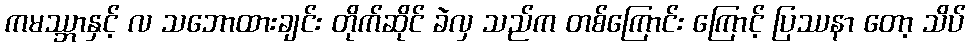
ကမဿ္ဘာနှင့် လ သဘောထားချင်း တိုက်ဆိုင် ခဲလှ သည်က တစ်ကြောင်း ကြောင့် ပြဿနာ တော့ သိပ်